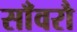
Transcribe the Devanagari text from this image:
साँवरौ